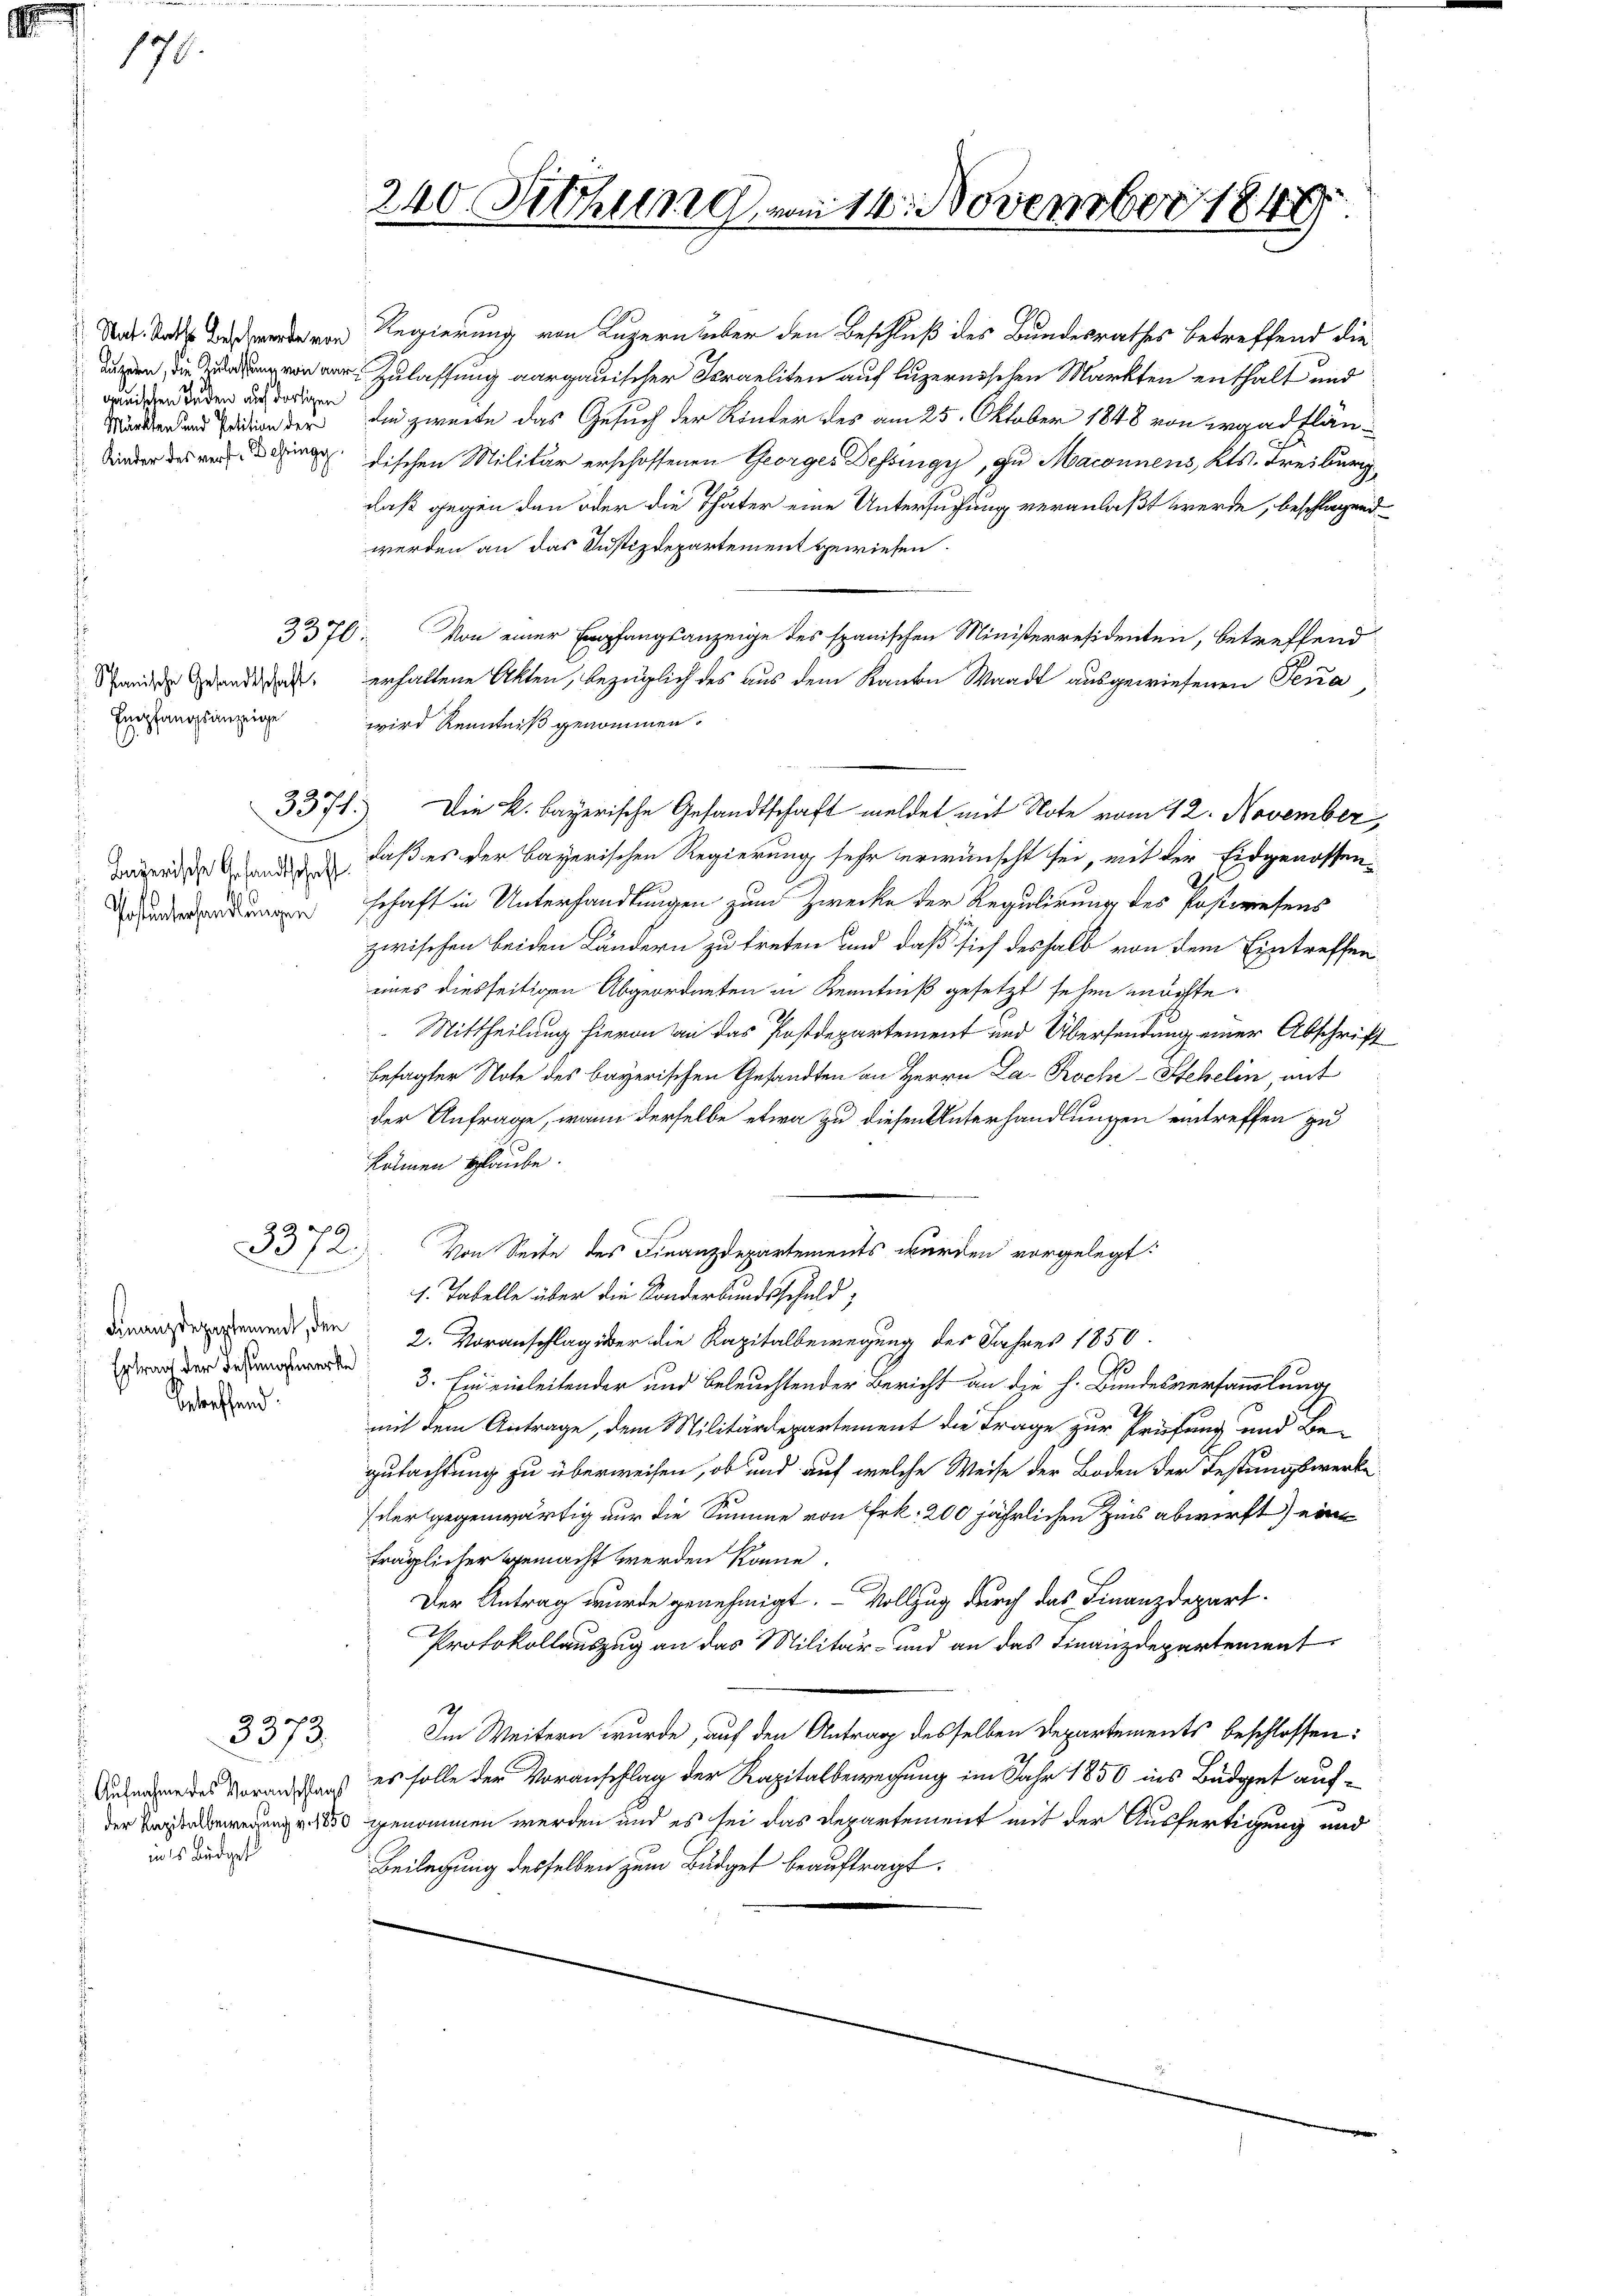
170.

Nat. Rathe Beschwerde von
Luzern, die Zulassung von aur
gauischen Juden auf dortigen
Märkten und Petition der
 Kinder des vers. Behringe

s
Spanische Gesandtschaft.
 Empfangsanzeige

betreffend

3370.

e
33 ff.

Bayerische Gesandtschaft
Postenterhandlungen

Finanzdepartement, den
Ertrag der Festungswerke

296)
20/2.)

3373.

Aufnahme des Voranschlags
 der Kapitalbewegung v. 1850
ines Büdget

240. Sitzung vom 14. November 1849

Regierung von Luzern über den Beschluß des Bundesrathes betreffend die
Zulassung aargauischer Foraeliten auf luzernischen Markten enthalt und
die zweite das Gesuch der Kinder des am 25. Oktober 1848 von ergadfländischen Militär erschoffenen Georges Dessingy, zu Maconnens, Kts. Freiburg,
daß gegen den oder die Thäter eine Untersuchung veranlaßt werde, beschlagendwerden an das Justizdepartement gewiesen.
Von einer Empfangsanzeige des spanischen Ministerresidenten, betreffend
erhaltene Akten, bezüglich des aus dem Kanton Waadt ausgewiesenen Terra,
wird Renntniß genommen.
Die k. bayerische Gesandtschaft meldet mit Note vom 12. November,
daß es der Bayerischen Regierung sehr erwünscht sei, mit der Eidgenossen
schaft in Unterhandlungen zum Zwecke der Regulirung des Postwesens
zwischen beiden Ländern zu treten und daß sich deshalb von dem Eintreffen
eines diesseitigen Abgeordneten in Kenntniß gesetzt sehen möchte.
 Mittheilung hievon an das Postdepartement und Übersendung einer Abschrift
besagter Note des bayerischen Gesandten an Herrn La- Koche - Stehelin mit
der Anfrage, wann derselbe etwa zu diesen Unterhandlungen eintreffen zu
kamen glaube.
Von Seite des Finanzdepartements werden vorgelegt:
1. Tabelle über die Sonderbundsschuld,
2. Voranschlag über die Kapitalbewegung der Jahres 1850.
3. Ein einleitender und beleuchtender Bericht an die h. Bundesversammlung
mit dem Antrage, dem Militärdepartement die Frage zur Prüfung und Be-
gutachtung zu überweisen, ob und auf welche Weise der Boden der Festungswerke
(der gegenwärtig nur die Summe von Frk. 200 jährlichen Zins abwirft) eine
träglicher gemacht werden könne.
E
Der Antrag wurde genehmigt. – Vollzug durch das Finanzdepart
Protokollauszug an das Militär- und an das Finanzdepartement
Im Weitern wurde, auf den Antrag desselben Departements beschlossen:
es solle der Voranschlag der Kapitalbewegung im Jahr 1856 ins Budget aufgenommen werden und es sei das Departement mit der Ausfertigung und
Beilegung desselben zum Büdget beauftragt.